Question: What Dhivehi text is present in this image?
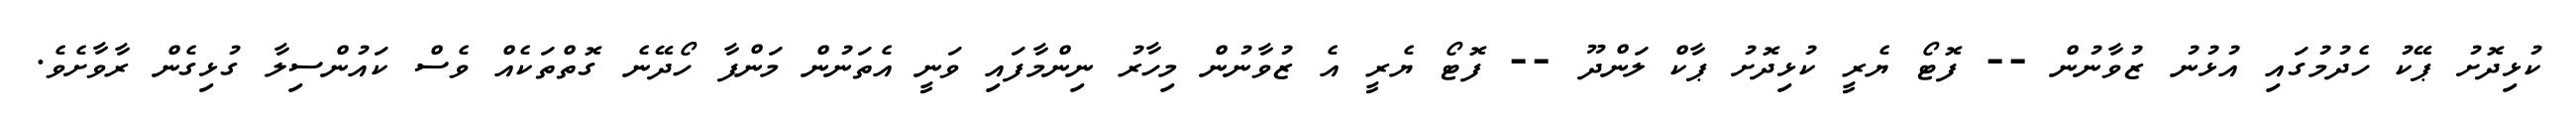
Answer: ކުޅިދޮށު ޕޭކު ހެދުމުގައި އުޅުނު ޒުވާނުން -- ފޮޓޯ ޔެރީ ކުޅިދޮށު ޕާކް ލަންދޫ -- ފޮޓޯ ޔެރީ އެ ޒުވާނުން މިހާރު ނިންމާފައި ވަނީ އެތަނުން މަންފާ ހޯދޭނެ ގޮތްތަކެއް ވެސް ކައުންސިލާ ގުޅިގެން ރާވާށެވެ.